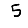
Digit: 5